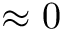
\approx 0